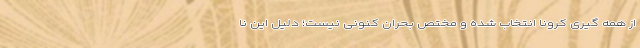
از همه گیری کرونا انتخاب شده و مختص بحران کنونی نیست؛ دلیل این نا